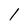
Character: 1